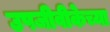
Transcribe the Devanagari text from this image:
उपजीवीकेच्या